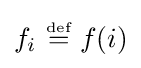
f_{i}~{\stackrel {\scriptscriptstyle {\text{def}}}{=}}~f(i)